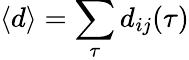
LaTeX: \langle d\rangle=\sum_{\tau}d_{ij}(\tau)